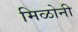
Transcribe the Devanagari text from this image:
मिळोनी